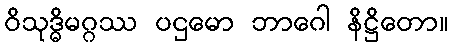
ဝိသုဒ္ဓိမဂ္ဂဿ ပဌမော ဘာဂေါ နိဋ္ဌိတော။